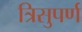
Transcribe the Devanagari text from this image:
त्रिसुपर्ण